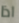
اذا